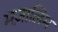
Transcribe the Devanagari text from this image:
मज़ालिम